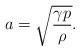
LaTeX: \begin{align*}a=\sqrt{\frac{\gamma p}{\rho}}.\end{align*}